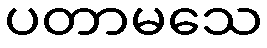
ပတာမသေ